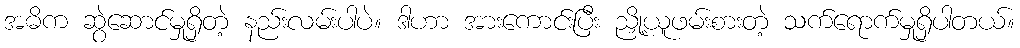
အဓိက ဆွဲဆောင်မှုရှိတဲ့ နည်းလမ်းပါပဲ။ ဒါဟာ အားကောင်းပြီး ညှို့ယူဖမ်းစားတဲ့ သက်ရောက်မှုရှိပါတယ်။